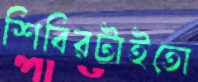
শিবিরটাইতো